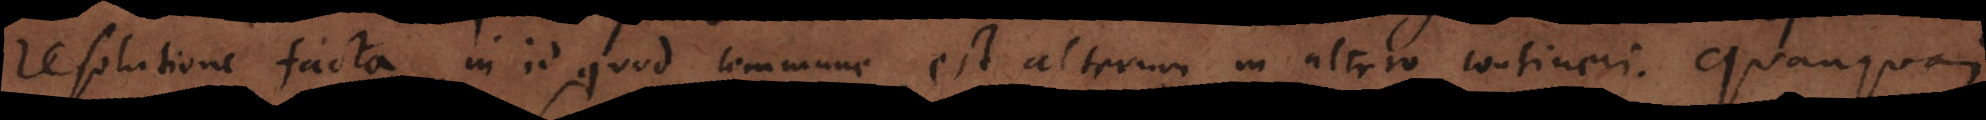
resolutione facta in id quod commune est alterum in altero contineri. Quanquam